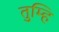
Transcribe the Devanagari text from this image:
तुम्हि